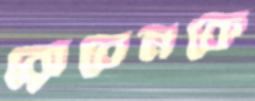
রোবেনকে